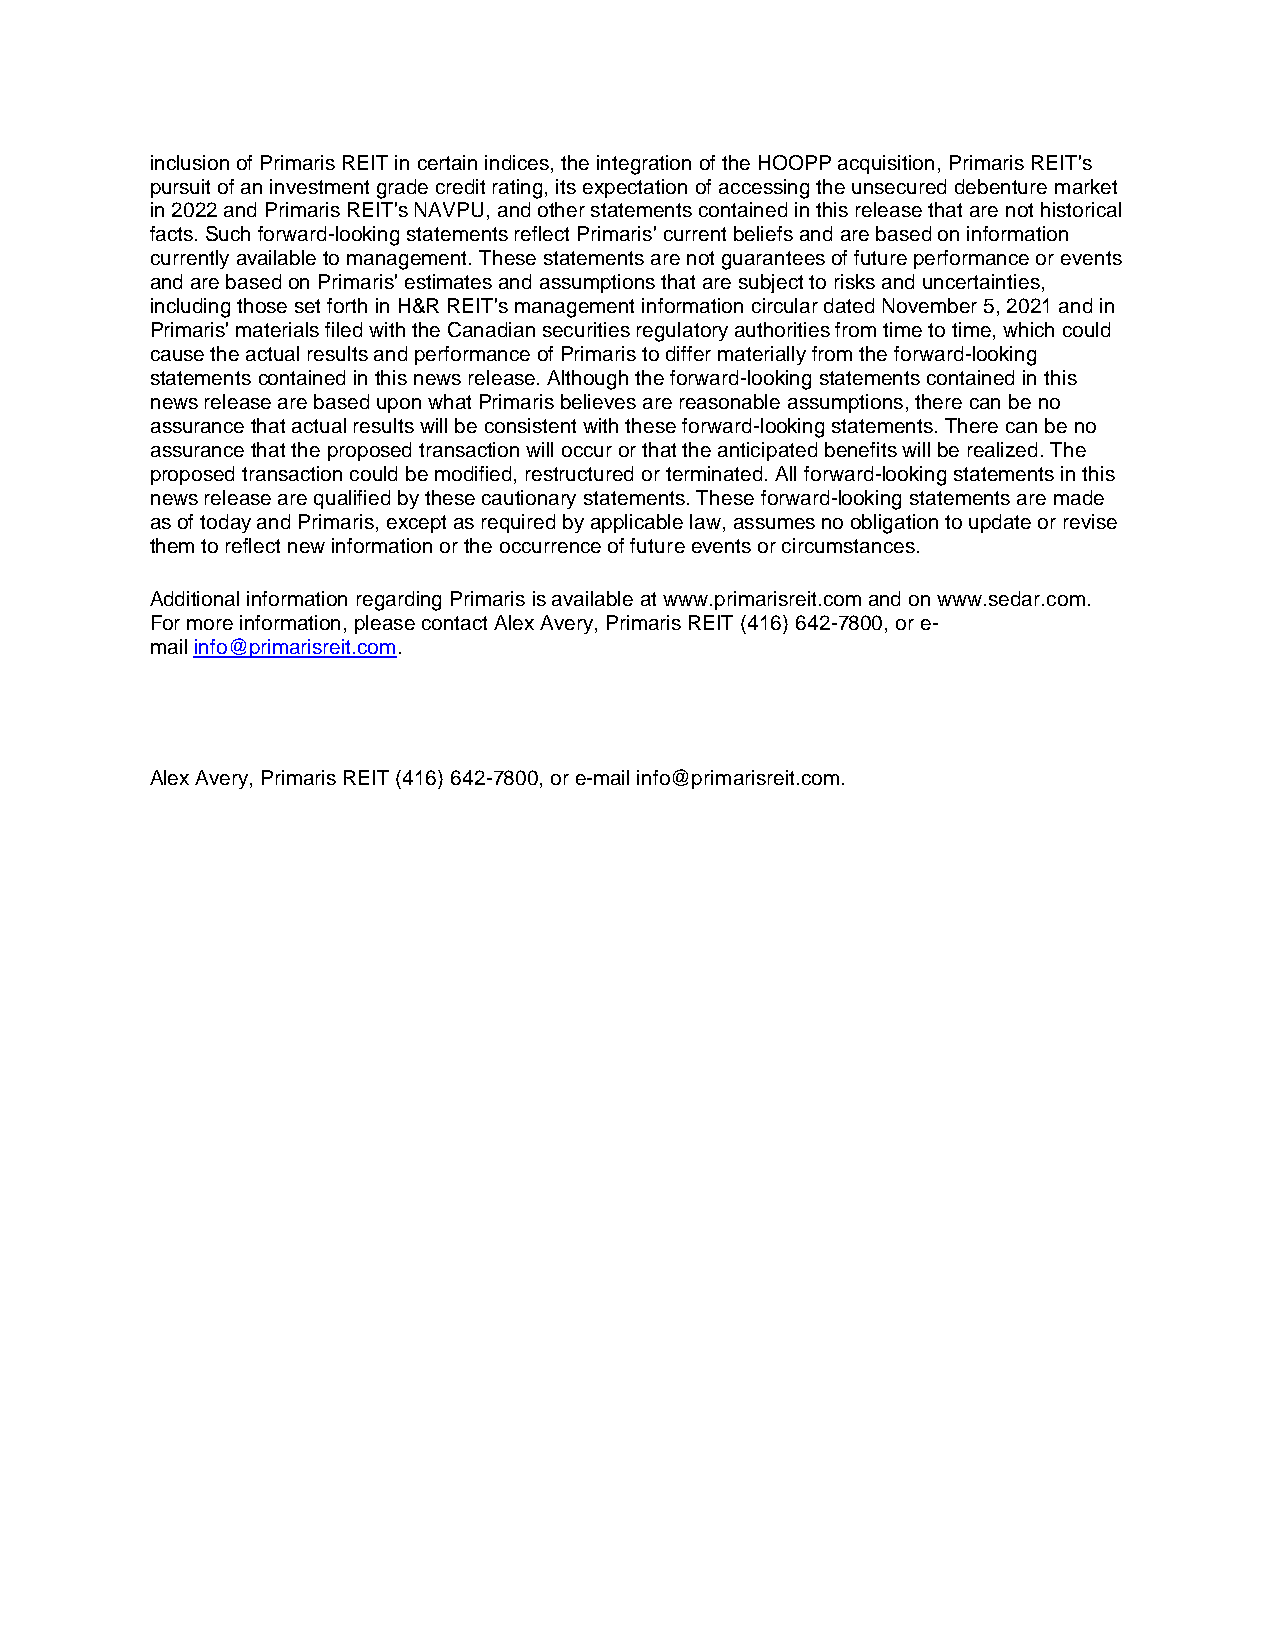
inclusion of Primaris REIT in certain indices, the integration of the HOOPP acquisition, Primaris REIT's
 pursuit of an investment grade credit rating, its expectation of accessing the unsecured debenture market
 in 2022 and Primaris REIT's NAVPU, and other statements contained in this release that are not historical
 facts. Such forward-looking statements reflect Primaris' current beliefs and are based on information
 currently available to management. These statements are not guarantees of future performance or events
 and are based on Primaris' estimates and assumptions that are subject to risks and uncertainties,
 including those set forth in H&R REIT's management information circular dated November 5, 2021 and in
 Primaris' materials filed with the Canadian securities regulatory authorities from time to time, which could
 cause the actual results and performance of Primaris to differ materially from the forward-looking
 statements contained in this news release. Although the forward-looking statements contained in this
 news release are based upon what Primaris believes are reasonable assumptions, there can be no
 assurance that actual results will be consistent with these forward-looking statements. There can be no
 assurance that the proposed transaction will occur or that the anticipated benefits will be realized. The
 proposed transaction could be modified, restructured or terminated. All forward-looking statements in this
 news release are qualified by these cautionary statements. These forward-looking statements are made
 as of today and Primaris, except as required by applicable law, assumes no obligation to update or revise
 them to reflect new information or the occurrence of future events or circumstances.
 Additional information regarding Primaris is available at www.primarisreit.com and on www.sedar.com.
 For more information, please contact Alex Avery, Primaris REIT (416) 642-7800, or e-
 mail info@primarisreit.com.
 Alex Avery, Primaris REIT (416) 642-7800, or e-mail info@primarisreit.com.